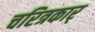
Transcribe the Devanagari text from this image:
चरित्रकार्